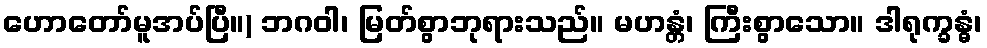
ဟောတော်မူအပ်ပြီ။) ဘဂဝါ၊ မြတ်စွာဘုရားသည်။ မဟန္တံ၊ ကြီးစွာသော။ ဒါရုက္ခန္ဓံ၊